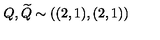
Q , { \widetilde { Q } } \sim ( ( 2 , 1 ) , ( 2 , 1 ) )